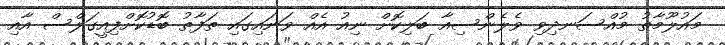
މައުލޫމާތު މުއްސަނދިވި ވެލެންސިއާ ބަލިކޮށް ނިއު އެއް ވަނައިގައި ތަފާތު ބޮޑުކޮށްފިއީގަލްސް އާއި